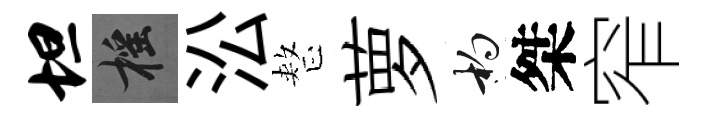
坦摇㳂整萝杓桀窄